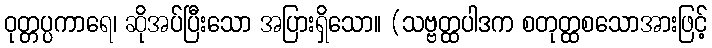
ဝုတ္တပ္ပကာရေ၊ ဆိုအပ်ပြီးသော အပြားရှိသော။ (သဗ္ဗတ္ထပါဒက စတုတ္ထစသောအားဖြင့်